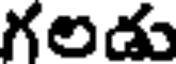
గలడు